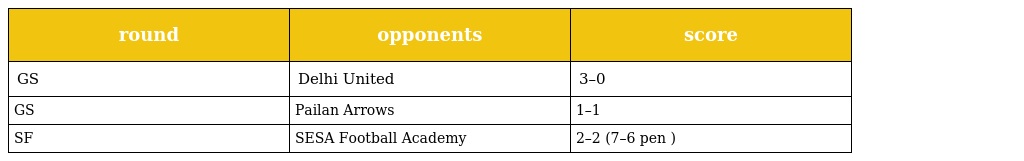
| round | opponents | score |
 | --- | --- | --- |
 | GS | Delhi United | 3–0 |
 | GS | Pailan Arrows | 1–1 |
 | SF | SESA Football Academy | 2–2 (7–6 pen ) |